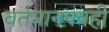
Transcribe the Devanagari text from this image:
वर्तमानपत्रही